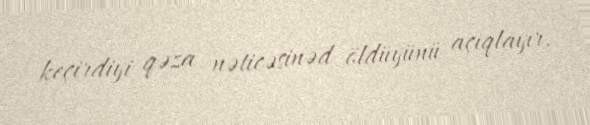
keçirdiyi qəza nəticəsinəd öldüyünü açıqlayır.